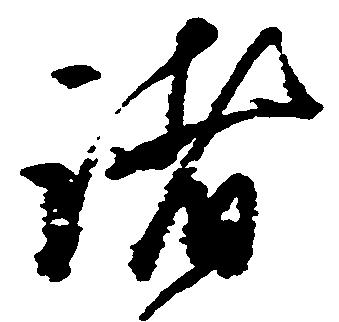
諸